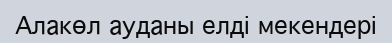
Алакөл ауданы елді мекендері